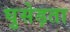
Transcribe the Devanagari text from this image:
घुसेड़ता